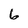
Character: 6